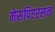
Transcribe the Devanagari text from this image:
मेसपिएरसन